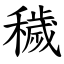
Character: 穢